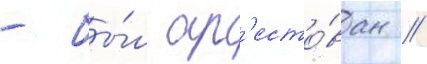
- бы́л ар'есто́ван //